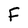
Character: F